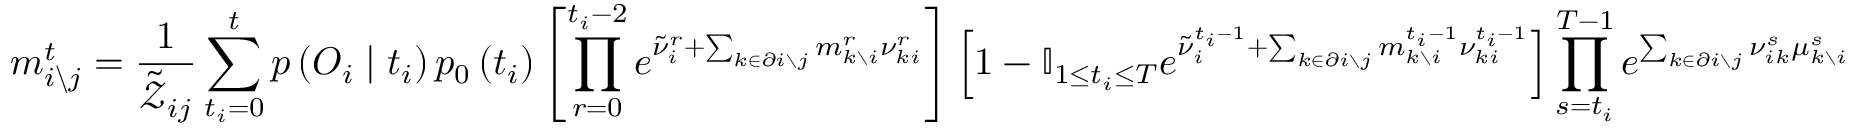
m _ { i \backslash j } ^ { t } = \frac { 1 } { \tilde { \mathcal { Z } } _ { i j } } \sum _ { t _ { i } = 0 } ^ { t } p \left( \boldsymbol { O } _ { i } \mid t _ { i } \right) p _ { 0 } \left( t _ { i } \right) \left[ \prod _ { r = 0 } ^ { t _ { i } - 2 } e ^ { \tilde { \nu } _ { i } ^ { r } + \sum _ { k \in \partial i \setminus j } m _ { k \setminus i } ^ { r } \nu _ { k i } ^ { r } } \right] \left[ 1 - \mathbb { I } _ { 1 \leq t _ { i } \leq T } e ^ { \tilde { \nu } _ { i } ^ { t _ { i } - 1 } + \sum _ { k \in \partial i \setminus j } m _ { k \setminus i } ^ { t _ { i } - 1 } \nu _ { k i } ^ { t _ { i } - 1 } } \right] \prod _ { s = t _ { i } } ^ { T - 1 } e ^ { \sum _ { k \in \partial i \setminus j } \nu _ { i k } ^ { s } \mu _ { k \setminus i } ^ { s } }